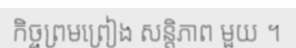
កិច្ចព្រមព្រៀង សន្តិភាព មួយ ។